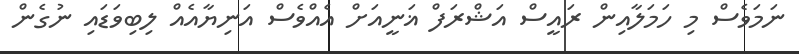
ނަމަވެސް މި ހަމަލާއިން ރައީސް އަޝްރަފް ޣަނީއަށް އެއްވެސް އަނިޔާއެއް ލިބިވަޑައި ނުގެން